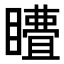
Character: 𭿣